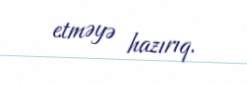
etməyə hazırıq.